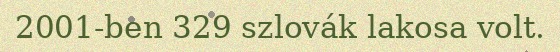
2001-ben 329 szlovák lakosa volt.